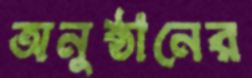
অনুষ্ঠানের